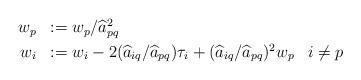
LaTeX: \begin{align*}\begin{array}{rll}w_p & := w_p / \widehat{a}_{pq}^2 \\\noalign{\smallskip}w_i & := w_i - 2 (\widehat{a}_{iq} / \widehat{a}_{pq}) \tau_i + (\widehat{a}_{iq} / \widehat{a}_{pq})^2 w_p &i\ne p\end{array}\end{align*}